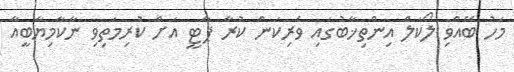
މަހު ބޭއްވި ލޯކަލް އިންތިޚާބުގައި ވެރިކަން ކުރާ ޕާޓީ އަށް ކުރިމަތިވި ނާކާމިޔާބީއާ